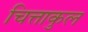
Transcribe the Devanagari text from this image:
चित्ताकुल